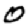
Digit: 0